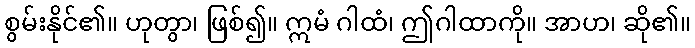
စွမ်းနိုင်၏။ ဟုတွာ၊ ဖြစ်၍။ ဣမံ ဂါထံ၊ ဤဂါထာကို။ အာဟ၊ ဆို၏။